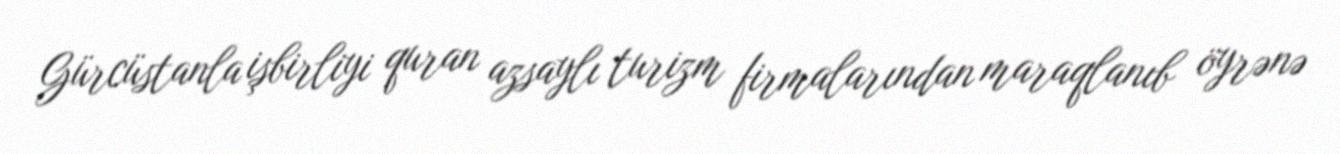
Gürcüstanla işbirliyi quran azsaylı turizm firmalarından maraqlanıb öyrənə